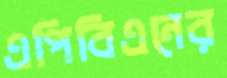
এপিবিএনের